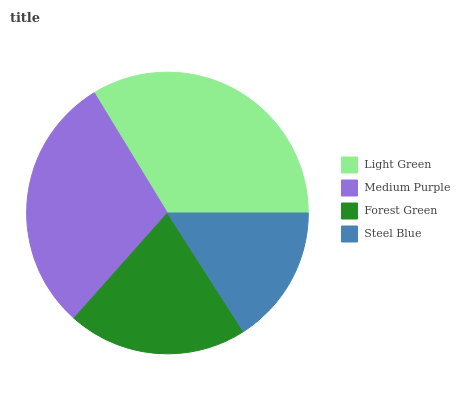
| Light Green | Medium Purple | Forest Green | Steel Blue |
 | --- | --- | --- | --- |
 | 33.7% | 29.7% | 20.7% | 15.9% |